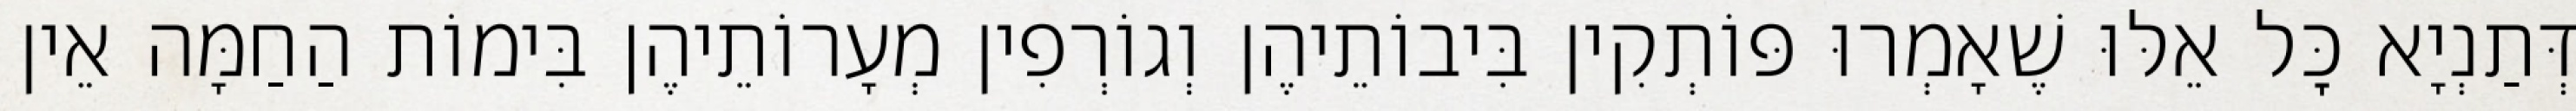
דְּתַנְיָא כׇּל אֵלּוּ שֶׁאָמְרוּ פּוֹתְקִין בִּיבוֹתֵיהֶן וְגוֹרְפִין מְעָרוֹתֵיהֶן בִּימוֹת הַחַמָּה אֵין